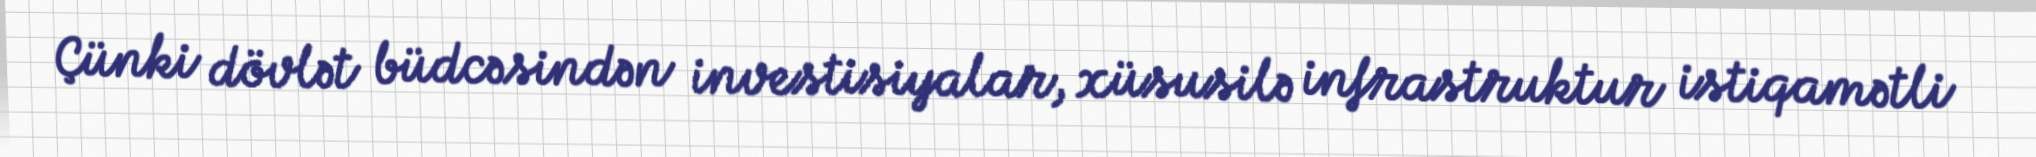
Çünki dövlət büdcəsindən investisiyalar, xüsusilə infrastruktur istiqamətli